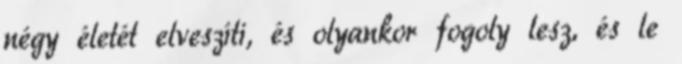
négy életét elveszíti, és olyankor fogoly lesz, és le